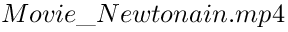
M o v i e \_ N e w t o n a i n . m p 4